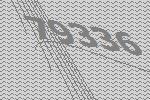
79336